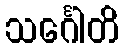
သင်္ဂေါတိ